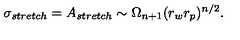
\sigma _ { s t r e t c h } = A _ { s t r e t c h } \sim \Omega _ { n + 1 } ( r _ { w } r _ { p } ) ^ { n / 2 } .